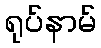
ရုပ်နာမ်